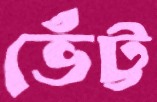
ভেঁট্ট